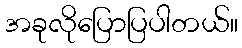
အခုလိုပြောပြပါတယ်။